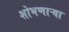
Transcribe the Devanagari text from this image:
शोभणाऱ्या